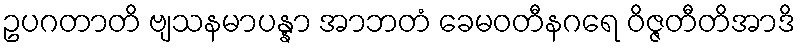
ဥပဂတာတိ ဗျသနမာပန္နာ အာဘတံ ခေမဝတီနဂရေ ဝိဇ္ဇတီတိအာဒိ